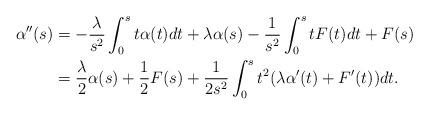
LaTeX: \begin{align*} \alpha''(s) & = -\frac{\lambda}{s^2}\int_{0}^{s}t\alpha(t)dt + \lambda\alpha(s) - \frac{1}{s^2}\int_{0}^{s}tF(t)dt + F(s) \\ & = \frac{\lambda}{2}\alpha(s) + \frac{1}{2}F(s) + \frac{1}{2s^2}\int_0^{s}t^2(\lambda\alpha'(t)+ F'(t))dt.\end{align*}